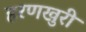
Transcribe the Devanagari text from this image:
हरणखुरी